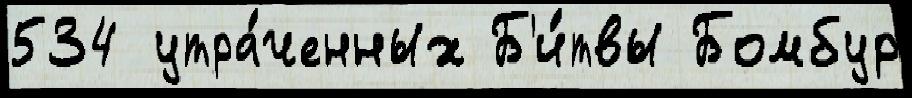
534 утра́ченных Б'и́твы Бомбур